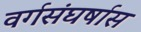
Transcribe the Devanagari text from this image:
वर्गसंघर्षास